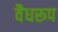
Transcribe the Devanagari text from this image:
वैधरूप